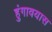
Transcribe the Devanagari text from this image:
हुंगावयास